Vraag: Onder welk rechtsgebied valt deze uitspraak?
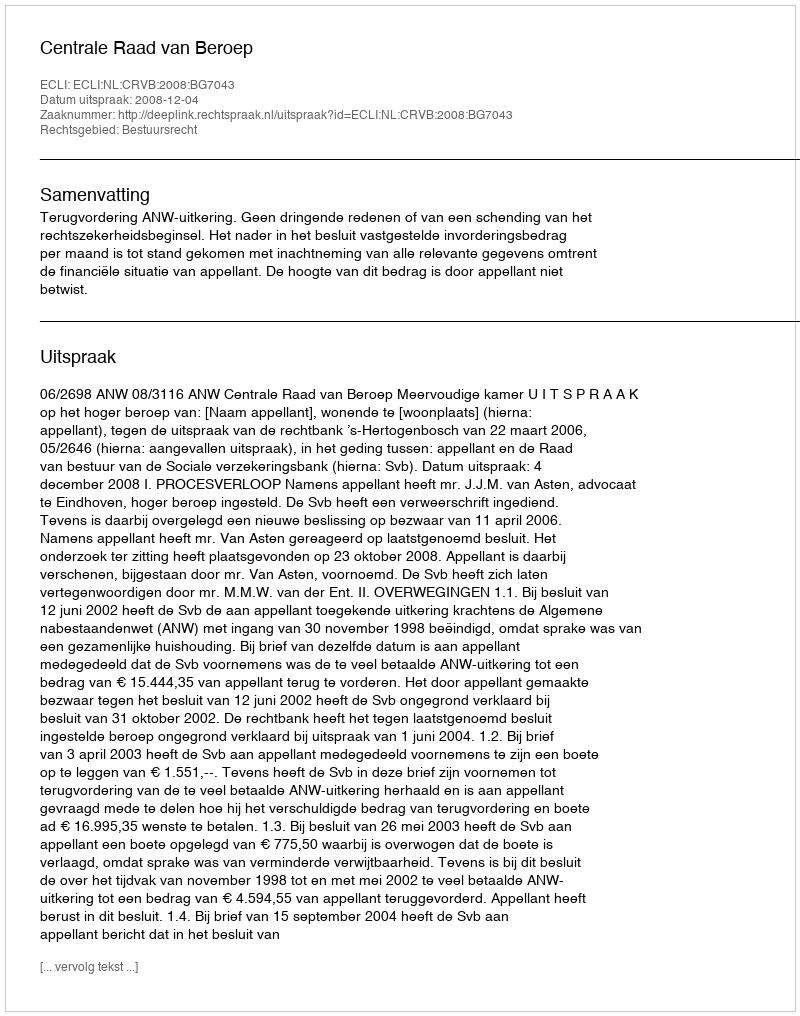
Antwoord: Bestuursrecht